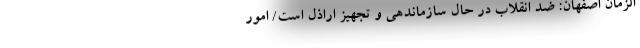
الزمان اصفهان: ضد انقلاب در حال سازماندهی و تجهیز اراذل است/ امور